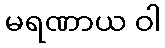
မရဏာယ ဝါ